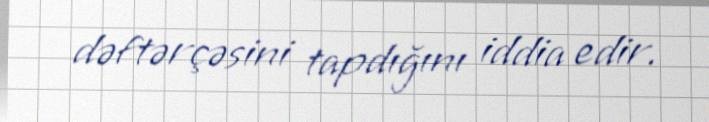
dəftərçəsini tapdığını iddia edir.